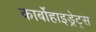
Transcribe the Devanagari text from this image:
कार्बोहाइड्रेट्‌स